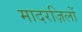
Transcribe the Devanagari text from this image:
मादरज़िलों